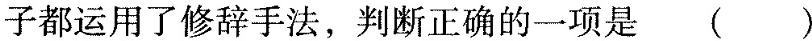
子都运用了修辞手法，判断正确的一项是 ()张